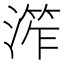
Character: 𱨙